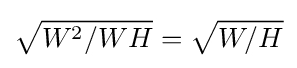
{\sqrt {W^{2}/WH}}={\sqrt {W/H}}